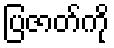
ပြဇာတ်ကို